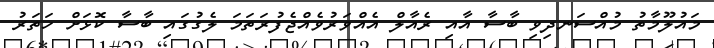
މައުލޫމާތު މުއްސަނދިވި ބާސާ އާއި ރެއާލް އެއްވަރުވެއްޖެފުރަތަމަ ލެގުގައި ބާސާ ކޮޅަށް ހަތަރު